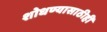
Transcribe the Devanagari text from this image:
शोधण्यासाठीही